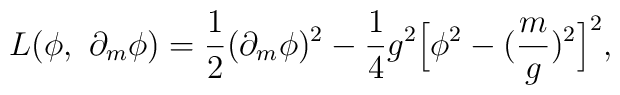
L(\phi, \ \partial_m \phi) = \frac{1}{2} (\partial_m \phi)^2 - \frac{1}{4}g^2 \Bigl[ \phi^2- (\frac{m}{g})^2 \Bigr]^2,